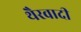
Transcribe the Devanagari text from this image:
थैरवादी